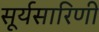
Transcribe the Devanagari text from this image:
सूर्यसारिणी